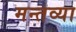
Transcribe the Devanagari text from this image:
मन्तव्या